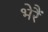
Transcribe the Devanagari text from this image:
भेरैं